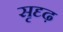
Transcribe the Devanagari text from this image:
सृदृढ़